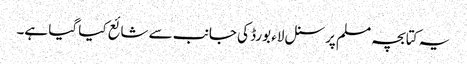
یہ کتابچہ مسلم پرسنل لاء بورڈ کی جانب سے شائع کیا گیا ہے۔